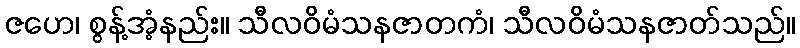
ဇဟေ၊ စွန့်အံ့နည်း။ သီလဝိမံသနဇာတကံ၊ သီလဝိမံသနဇာတ်သည်။